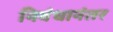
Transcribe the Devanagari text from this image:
निबंधानंतर